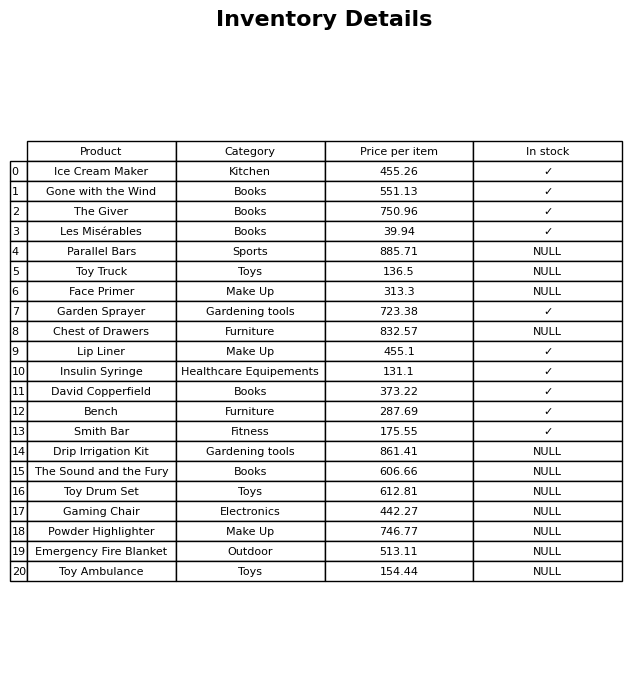
question: Which products are currently out of stock?
answer: Parallel Bars, Toy Truck, Face Primer, Chest of Drawers, Drip Irrigation Kit, The Sound and the Fury, Toy Drum Set, Gaming Chair, Powder Highlighter, Emergency Fire Blanket, Toy Ambulance